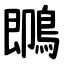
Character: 䳭